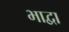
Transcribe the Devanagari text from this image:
भाद्वा